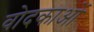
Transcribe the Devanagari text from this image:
वोदकाओं